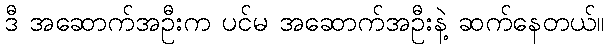
ဒီ အဆောက်အဦးက ပင်မ အဆောက်အဦးနဲ့ ဆက်နေတယ်။